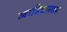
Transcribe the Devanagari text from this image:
व्याभिचारकर्म